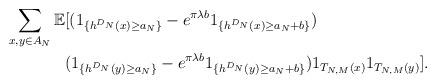
LaTeX: \begin{align*}\sum_{x,y\in A_{N}}\mathbb{E}&[(1_{\{h^{D_{N}}(x)\geq a_{N}\}}-e^{\pi\lambda b}1_{\{h^{D_{N}}(x)\geq a_{N}+b\}})\\&(1_{\{h^{D_{N}}(y)\geq a_{N}\}}-e^{\pi\lambda b}1_{\{h^{D_{N}}(y)\geq a_{N}+b\}})1_{T_{N,M}(x)}1_{T_{N,M}(y)}].\end{align*}